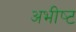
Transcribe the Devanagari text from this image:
अभीष्‍ट